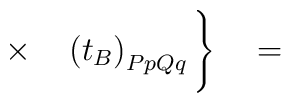
\times\quad\left(t_B\right)_{PpQq}\Bigg\}\quad=